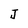
Character: J